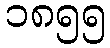
၁၈၅၅